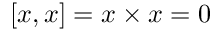
[ x , x ] = x \times x = 0